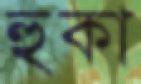
হুকা